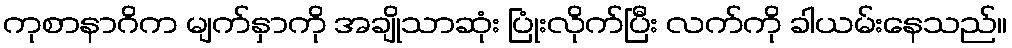
ကုစာနာဂိက မျက်နှာကို အချိုသာဆုံး ပြုံးလိုက်ပြီး လက်ကို ခါယမ်းနေသည်။